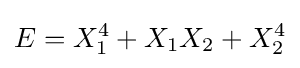
E=X_{1}^{4}+X_{1}X_{2}+X_{2}^{4}